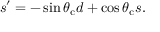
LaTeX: s ^ { \prime } = - \sin { \theta _ { \mathrm { c } } } d + \cos { \theta _ { \mathrm { c } } } s .